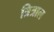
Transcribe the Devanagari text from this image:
त्रित्राल